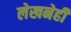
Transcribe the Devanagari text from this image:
लेखनेही